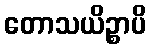
တောသယိဉ္စာပိ